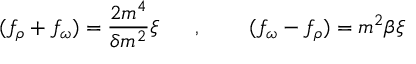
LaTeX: ( f _ { \rho } + f _ { \omega } ) = \frac { 2 m ^ { 4 } } { \delta m ^ { 2 } } \xi \mathrm { ~ \ \ \ \ , ~ \ \, ~ \ \ \ } ( f _ { \omega } - f _ { \rho } ) = m ^ { 2 } \beta \xi